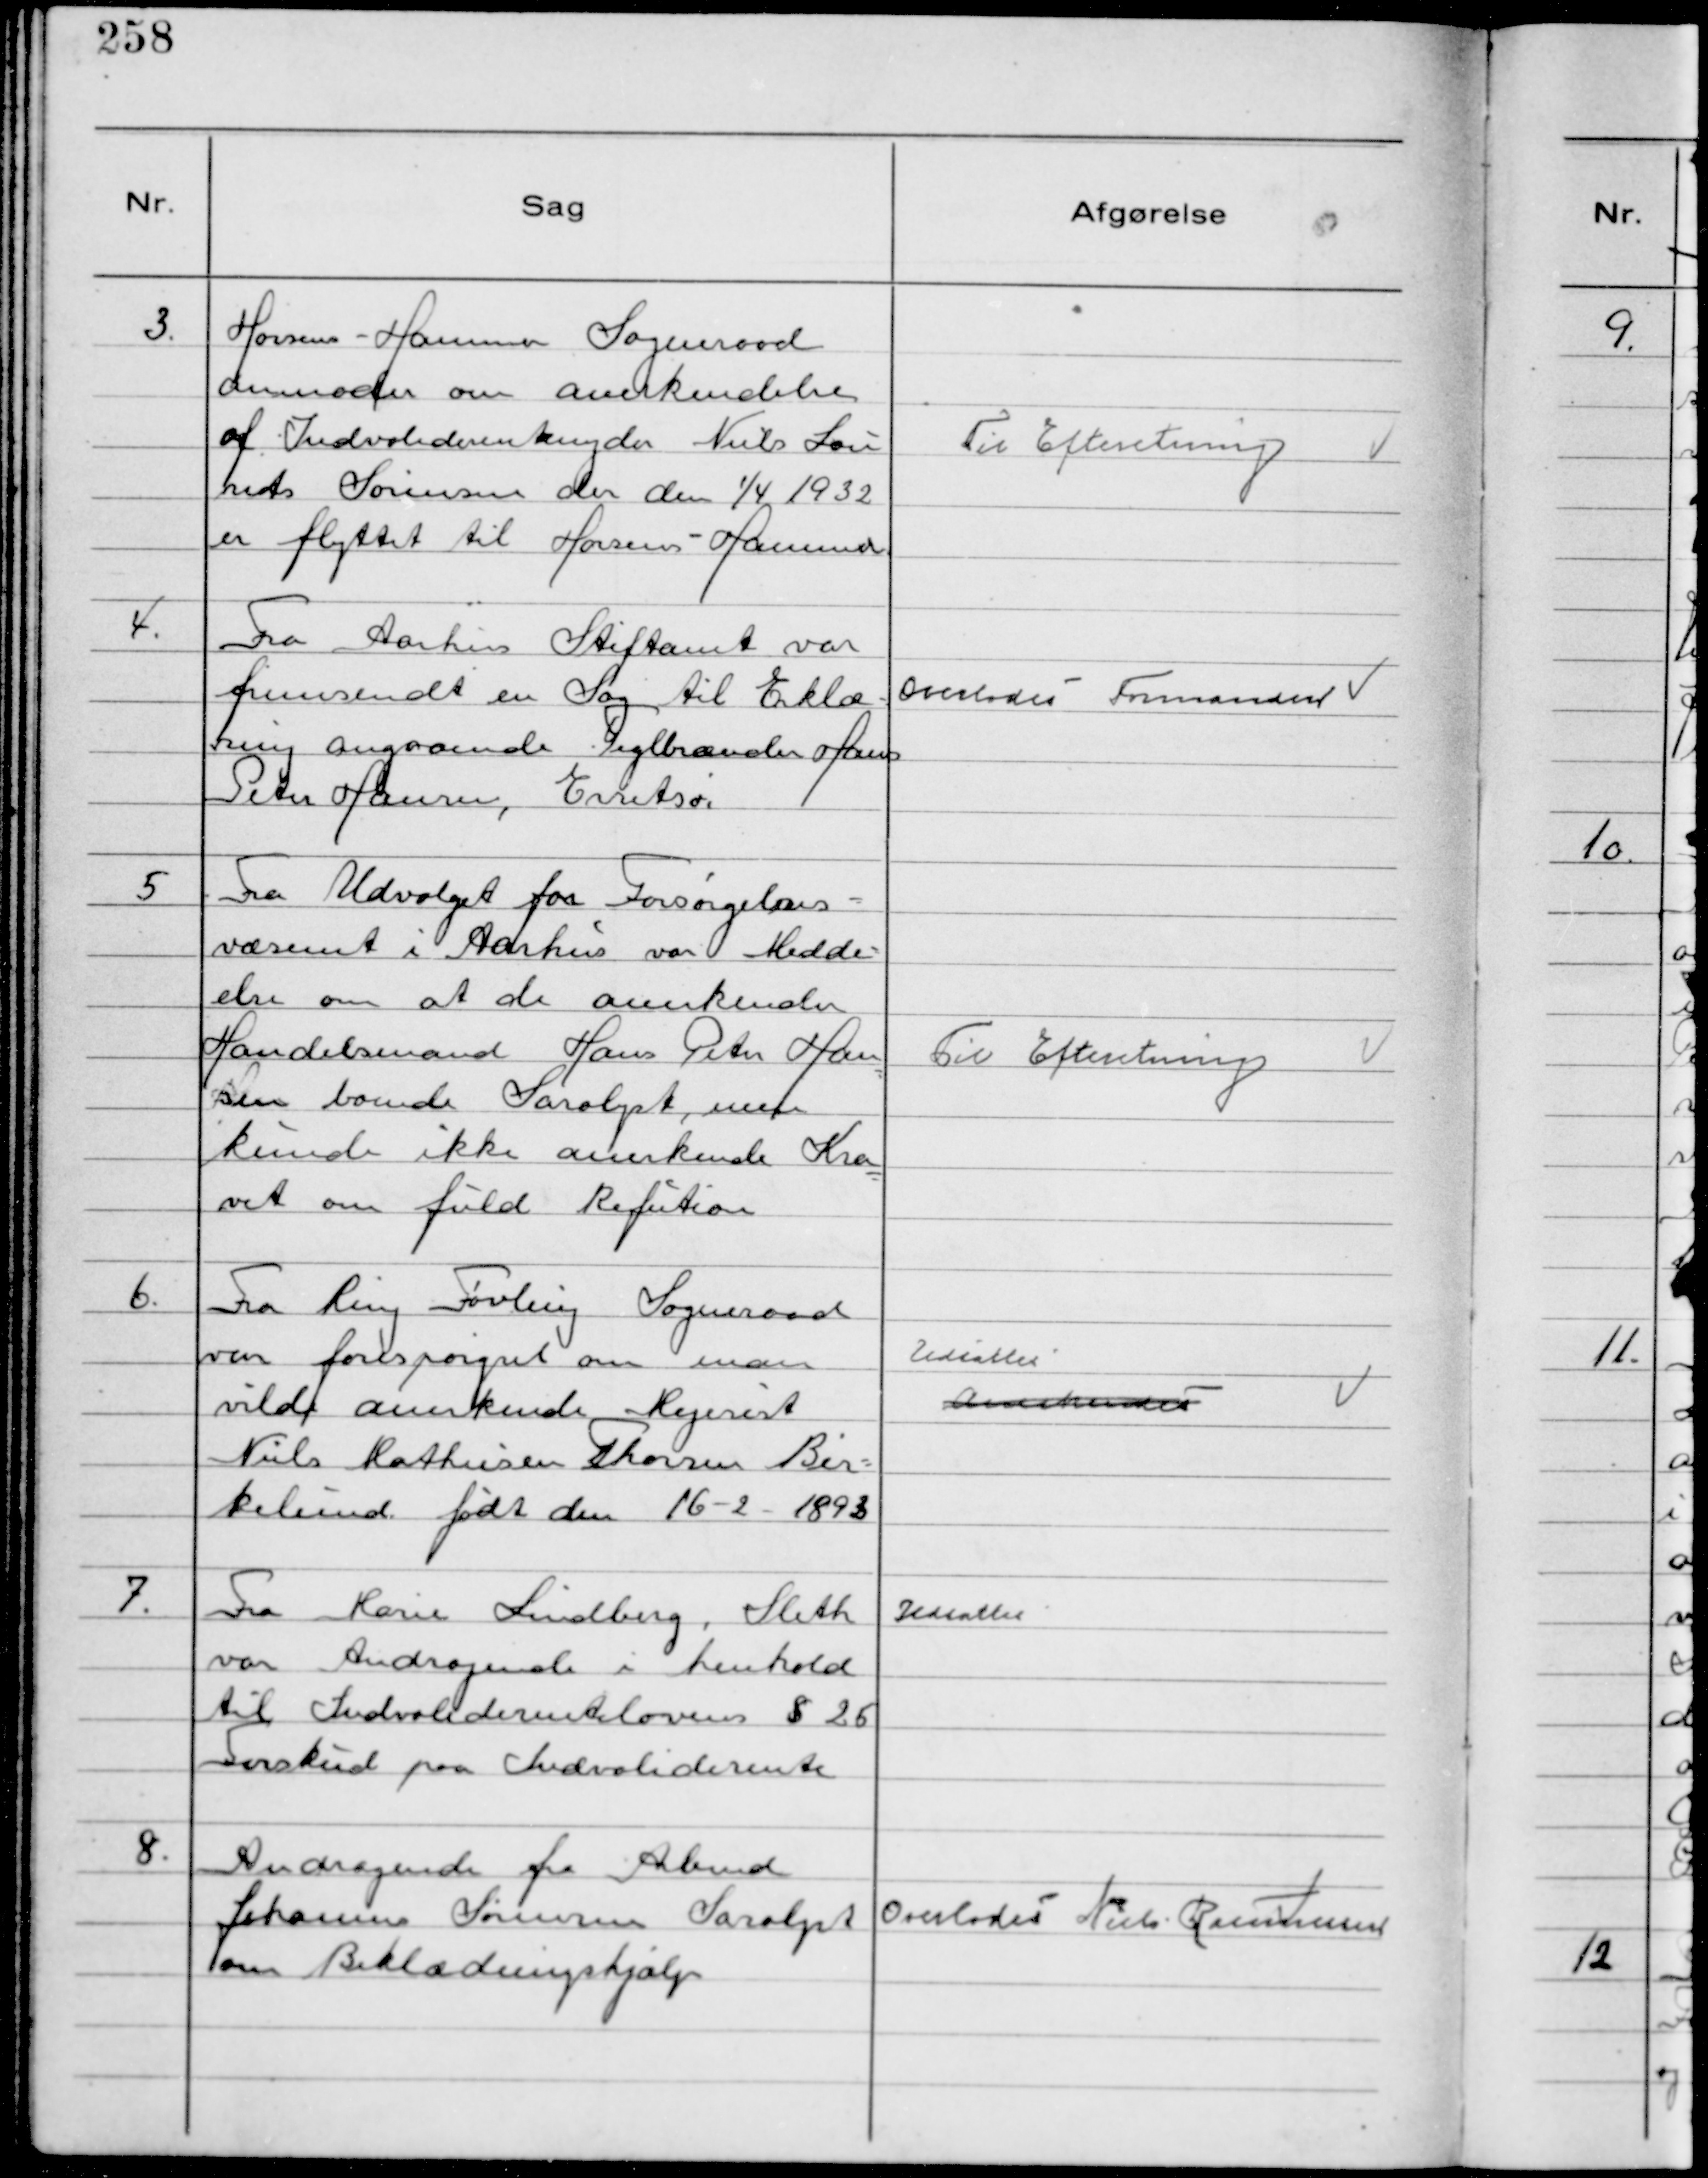
Transskription:
3.
Horsens - Hammer Sogneraad
anmoder om anerkendelse
af Indvaliderentenyder Niels Lau
rits Sørensen der den 1/4 1932
er flyttet til Horsens - Hammer

Til Efteretning

4.
Fra Aarhus Stiftamt var
fremsendt en Sag til Erklæ-
ring angaaende Teglbrænder Hans
Peter Hansen, Erritsø.

Overlodes Formanden

5
Fra Udvalget for Forsørgelses-
væsenet i Aarhus var Medde-
else om at de anerkender
Handelsmand Hans Peter Han-
sen boende Saralyst, men
kunde ikke anerkende Kra
vet om fuld Refution

Til Efteretning

6.
Fra Ring Føvling Sogneraad
var forespørgsel om man
vilde anerkende Mejerist
Niels Mathiesen Thorsen Bir-
kelund født den 16 - 2 - 1893

Udsattes
Anerkendes

7.
Fra Marie Lindberg, Sleth
var Andragende i henhold
til Indvaliderenteloven § 26
Forskud paa Indvaliderente

Udsattes

8.
Andragende fra Arbmd
Johannes Sørensen Saralyst
om Beklædningshjælp

Overlodes Niels Rasmussen